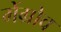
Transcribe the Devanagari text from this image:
मेंग्रोव